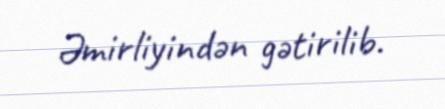
Əmirliyindən gətirilib.